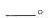
___。